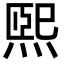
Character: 煕